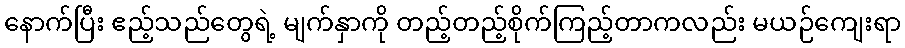
နောက်ပြီး ဧည့်သည်တွေရဲ့ မျက်နှာကို တည့်တည့်စိုက်ကြည့်တာကလည်း မယဉ်ကျေးရာ